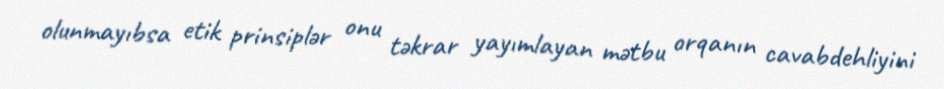
olunmayıbsa etik prinsiplər onu təkrar yayımlayan mətbu orqanın cavabdehliyini